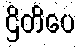
ဌိတိပေ